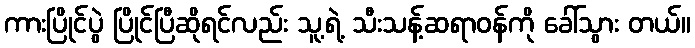
ကားပြိုင်ပွဲ ပြိုင်ပြီဆိုရင်လည်း သူ့ရဲ့ သီးသန့်ဆရာဝန်ကို ခေါ်သွား တယ်။